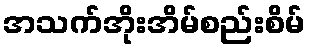
အသက်အိုးအိမ်စည်းစိမ်